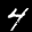
Label: 4